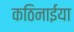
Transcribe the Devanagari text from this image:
कठिनाईया